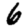
Digit: 6